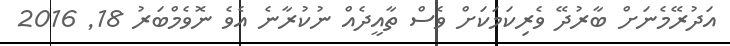
އަދުރޭމެނަށް ބާރުދޭ ވެރިކަމަކަށް ވެސް ތާއީދެއް ނުކުރާނެ އެވެ ނޮވެމްބަރު 18